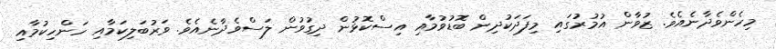
މިހެންވެދާނެއެވެ. ޒުވާން އުމުރުގައި މިފަދަކުދިން ބޮޑުވުމާއި އިސްކޮޅުން ދިގުވުން ލަސްވެދާނެއެވެ. ވަރުބަލިކަމާއި ހަންހިކުމާއި